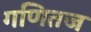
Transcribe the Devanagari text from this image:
गणितज